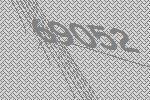
69052